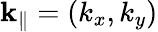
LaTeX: {\mathbf k}_{\parallel}=(k_{x},k_{y})